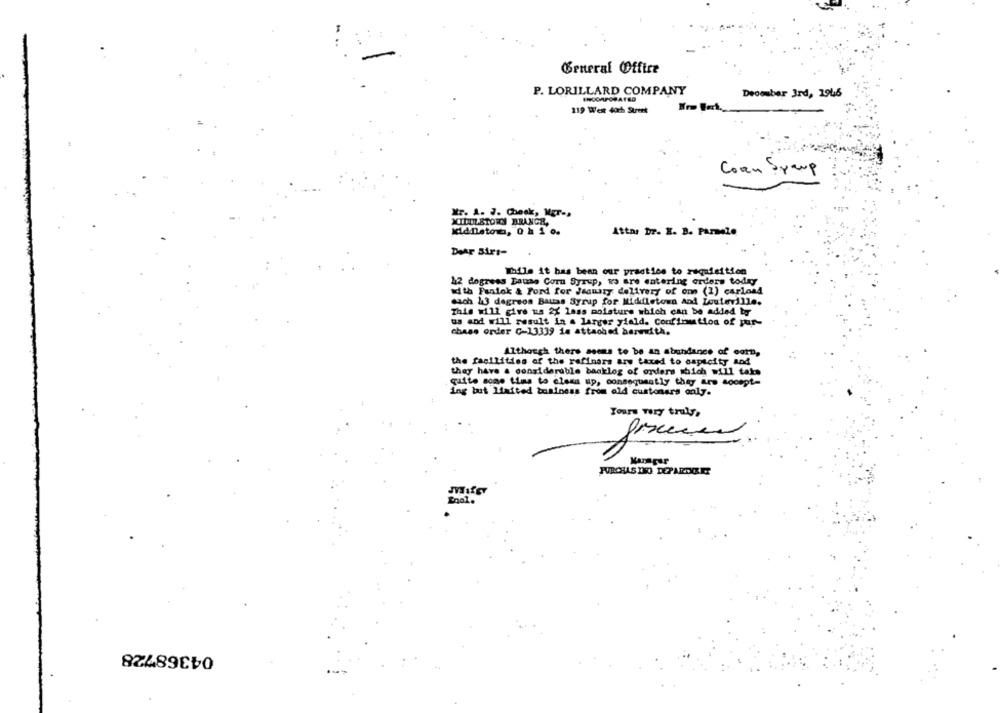
General Office
P. LORILLARD COMPANY
Decouber 3rd, 1946
119 West 4och Steht
Coan Sraup
Mr. 1. 7. Check, Mgr .,
MIDDLETORG BRANCH,
diddletom, 0 h 1 0.
Attar Dr. E. B. Parmelo
Dear Sirt-
While it has been our practice to requisition
12 dogress Bauas Corn Syrup, va are entering orders today
Idth Fanick & Ford for January delivery of om (1) carlosd
each 13 degrees Bauas Syrup for Middletown And Douteville.
This will give us 22 lass moisture which can be added by
us and will result in a larger yield. Confirmation of pur-
chass order C-13339 is attached herewith.
Although there seems to be an abundance of corn,
the facilities of the refiners are taxed to capacity and
they have a considerable backlog of orders which will take
quite some time to clean up, consequently they are accept-
ing but liaited business from old customers only.
Tours very trulys
Kannpur
PURCHASING DEPARONOKET
MILEY
Enol.
04368728